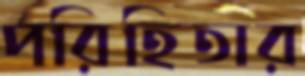
পরিহিতার